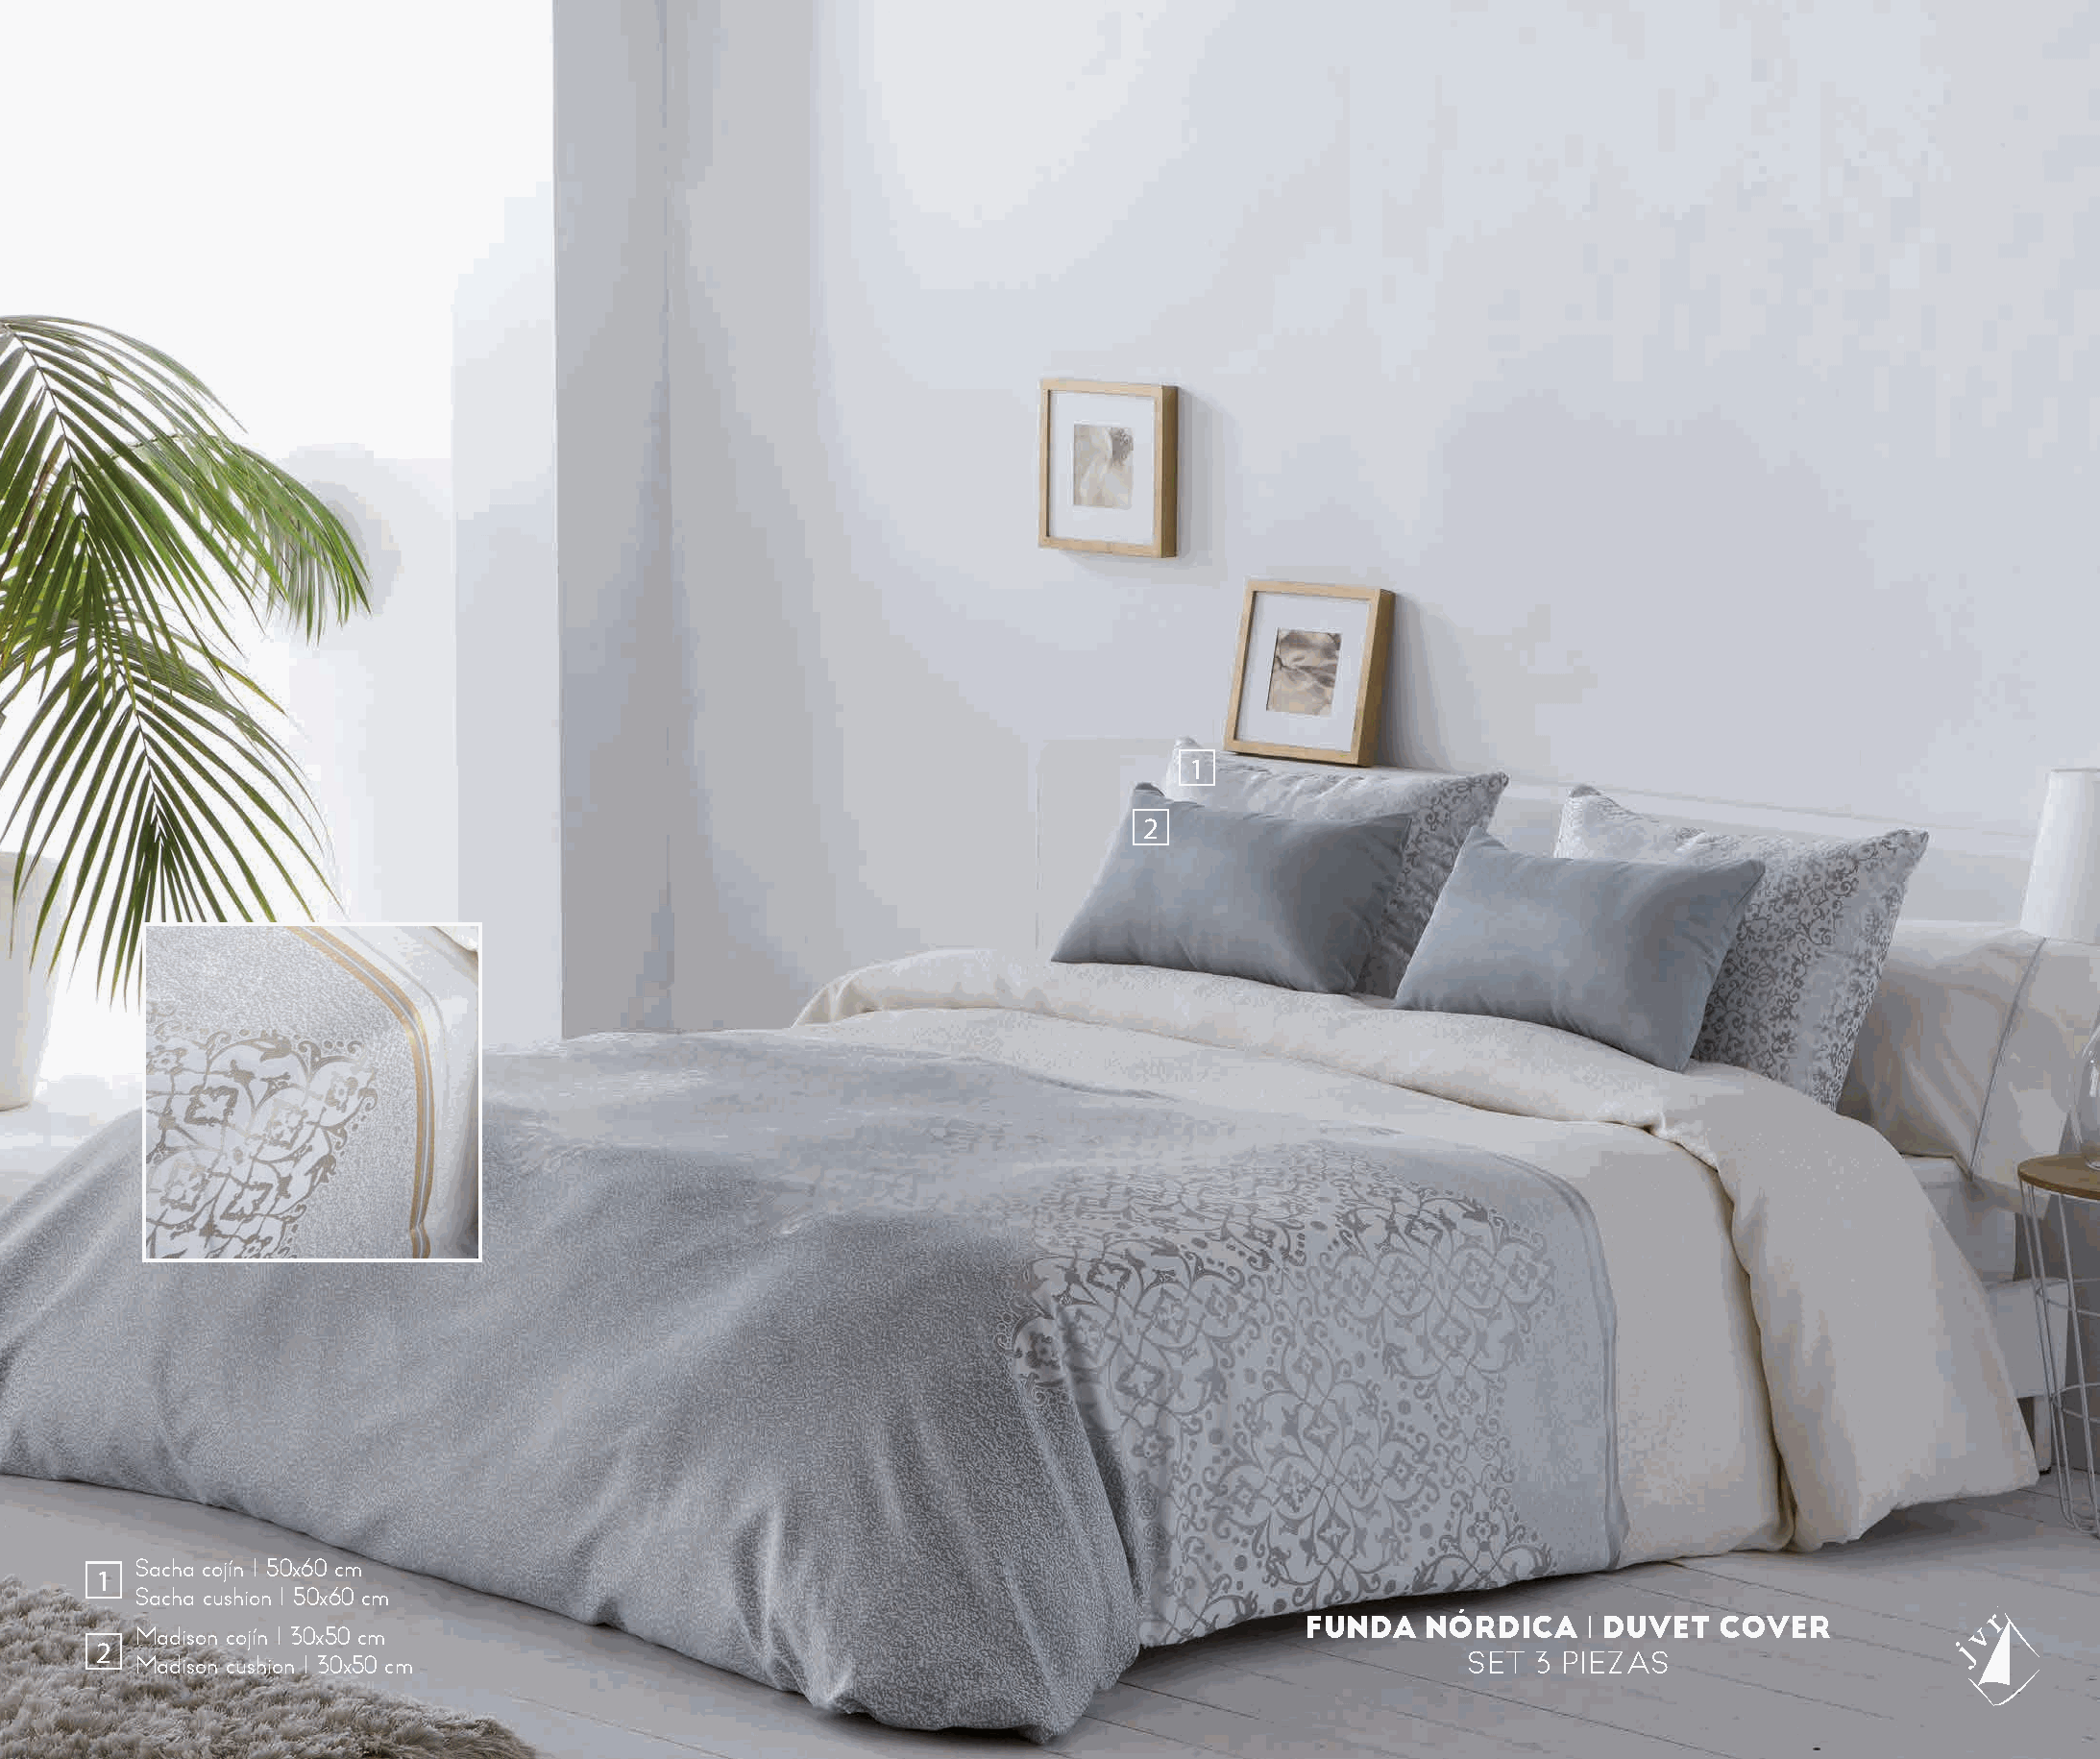
1
 2
 Sacha cojín I 50x60 cm
 1
 Sacha cushion I 50x60 cm
 FUNDA   NÓRDICA    I DUVET  COVER
 Madison cojín I 30x50 cm
 2
 Madison cushion I 30x50 cm                                                                  SET  3 PIEZAS